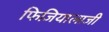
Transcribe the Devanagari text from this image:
फिजियालाजी